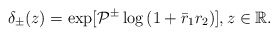
\begin{align*}\delta_{\pm}(z)= \exp [ \mathcal{P}^{\pm} \log \left(1+\bar{r}_1 r_2\right)] , z \in \mathbb{R}.\end{align*}